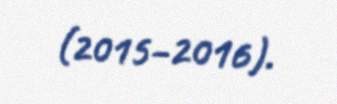
(2015–2016).